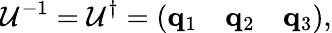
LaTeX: {\cal U}^{-1}={\cal U}^{\dagger}=\left(\begin{array}{ccc}{{{\mathbf q}_{1}}}&{{{\mathbf q}_{2}}}&{{{\mathbf q}_{3}}}\end{array}\right),